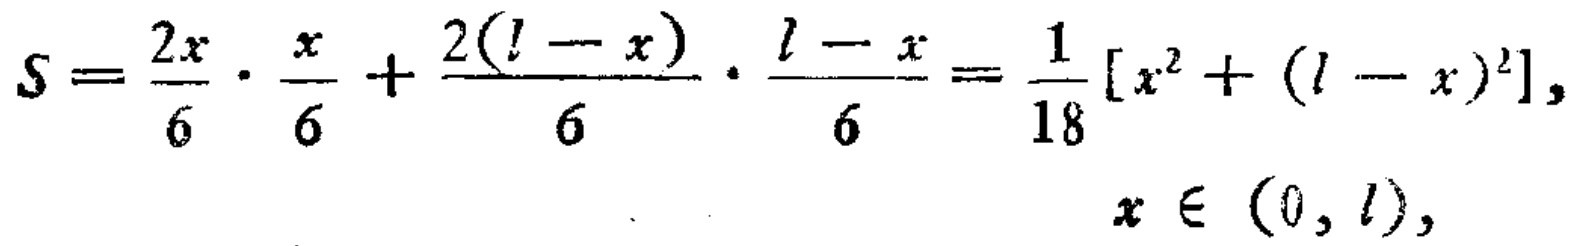
\[
S=\frac{2x}{6}\cdot\frac{x}{6}+\frac{2(l - x)}{6}\cdot\frac{l - x}{6}=\frac{1}{18}[x^{2}+(l - x)^{2}],\quad x\in(0,l),
\]